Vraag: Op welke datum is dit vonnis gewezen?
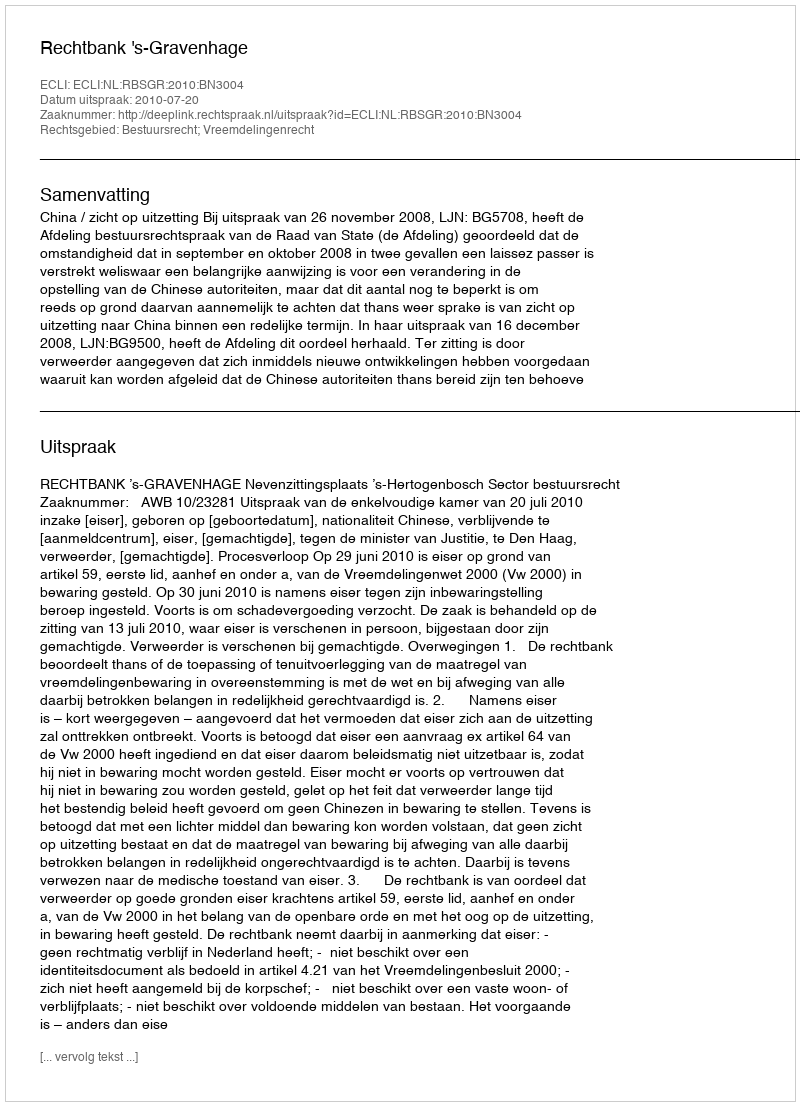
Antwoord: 2010-07-20